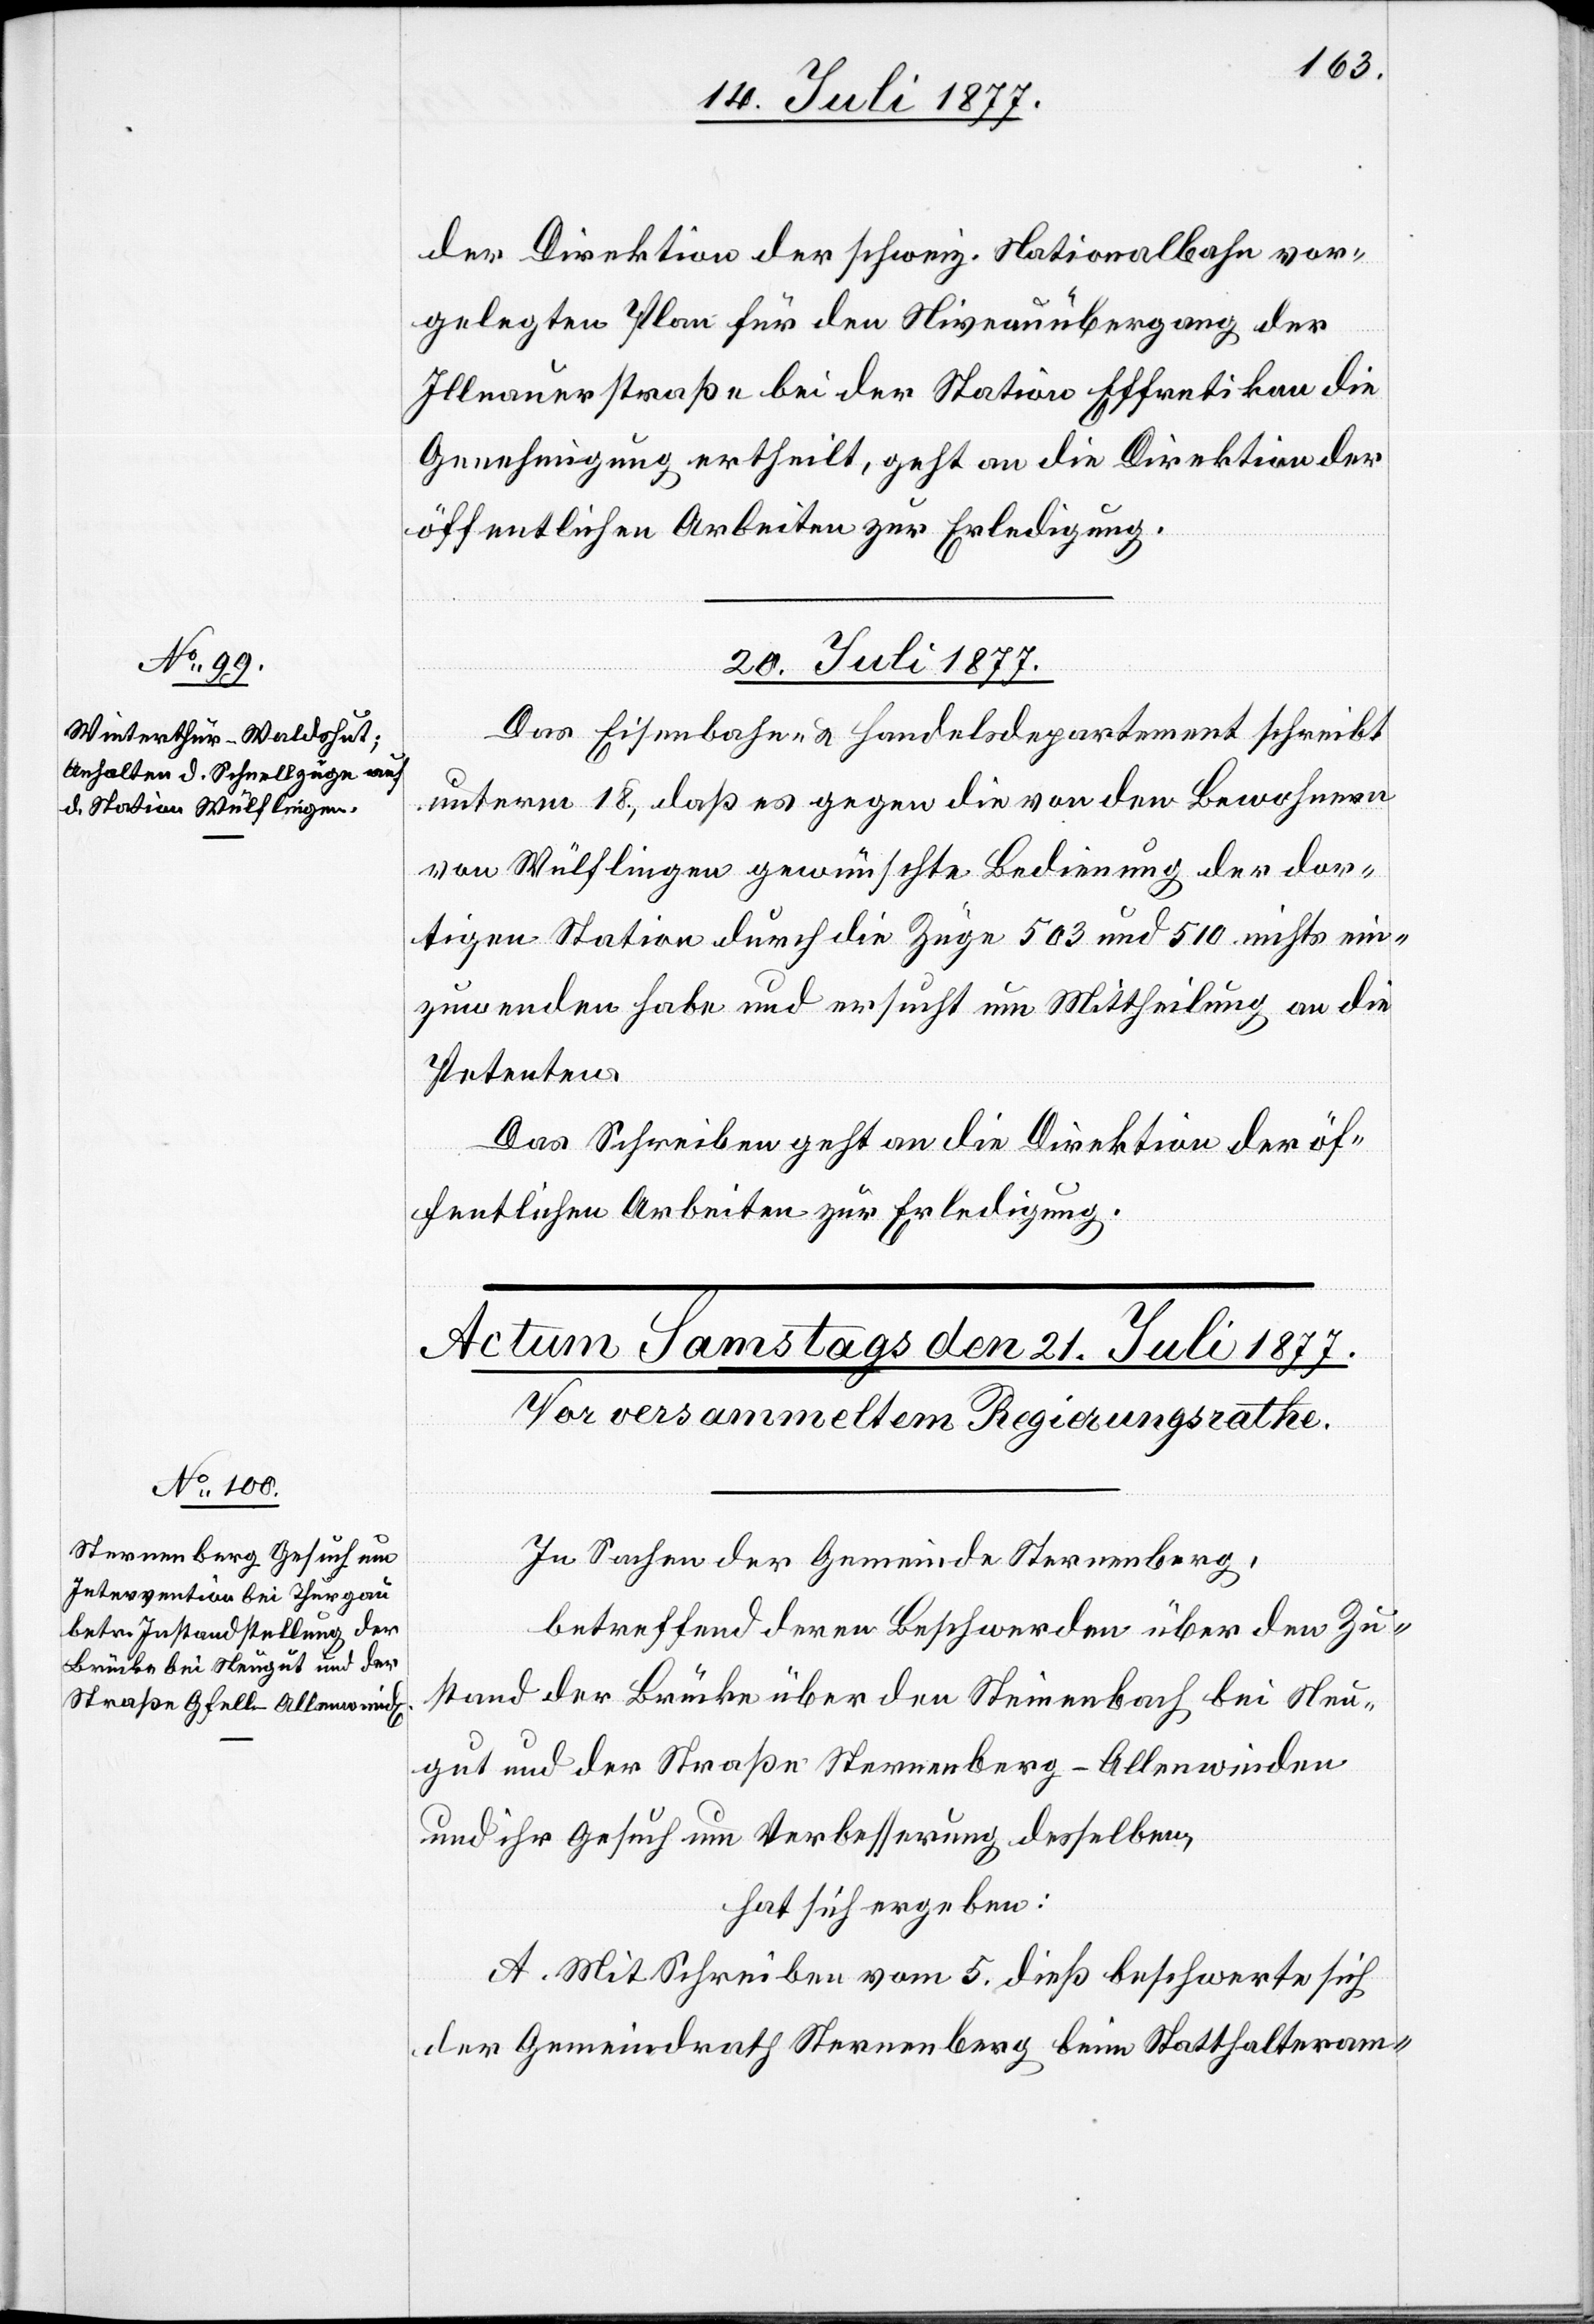
der Direktion der schweiz. Nationalbahn vor¬
gelegten Plan für den Niveauübergang der
Illnauerstraße bei der Station Effretikon die
Genehmigung ertheilt, geht an die Direktion der
öffentlichen Arbeiten zur Erledigung.
20. Juli 1877.
Das Eisenbahn- & Handelsdepartement schreibt
unterm 18., daß es gegen die von den Bewohnern
von Wülflingen gewünschte Bedienung der dor¬
tigen Station durch die Züge 503 und 510 nichts ein¬
zuwenden habe und ersucht um Mittheilung an die
Petenten.
Das Schreiben geht an die Direktion der öf¬
fentlichen Arbeiten zur Erledigung.
In Sachen der Gemeinde Sternenberg,
betreffend deren Beschwerden über den Zu¬
stand der Brücke über den Steinenbach bei Neu¬
gut und der Straße Sternenberg–Allenwinden
und ihr Gesuch um Verbesserung desselben,
hat sich ergeben:
A. Mit Schreiben vom 5. dieß beschwerte sich
der Gemeindrath Sternenberg beim Statthalteram-